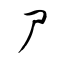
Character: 尸